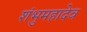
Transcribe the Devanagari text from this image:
शंभुमहादेव